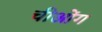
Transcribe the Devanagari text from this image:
चीओंग